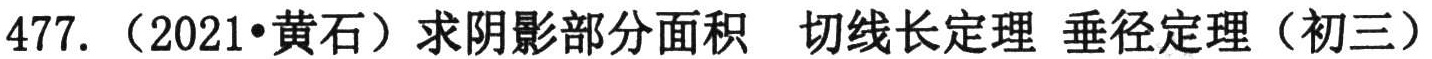
477. （2021•黄石）求阴影部分面积  切线长定理 垂径定理（初三）